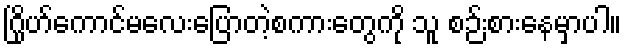
ဂြိုဟ်ကောင်မလေးပြောတဲ့စကားတွေကို သူ စဉ်းစားနေမှာပါ။